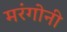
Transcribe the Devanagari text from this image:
मरंगोनी